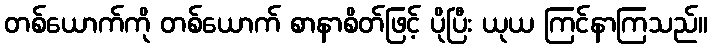
တစ်ယောက်ကို တစ်ယောက် စာနာစိတ်ဖြင့် ပိုပြီး ယုယ ကြင်နာကြသည်။